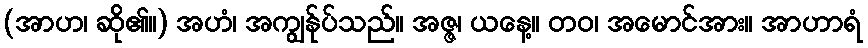
(အာဟ၊ ဆို၏။) အဟံ၊ အကျွန်ုပ်သည်။ အဇ္ဇ၊ ယနေ့။ တဝ၊ အမောင်အား။ အာဟာရံ